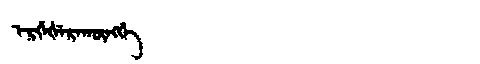
Manchu: ᡝᡵᡤᡝᡧᡝᡵᠠᡴᡡᠩᡤᡝ
Romanization: ERGEŠERAKŪNGGE